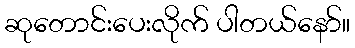
ဆုတောင်းပေးလိုက် ပါတယ်နော်။